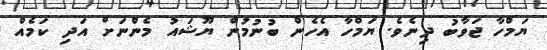
ޔަމްހާ ޖަވާބު ދިނެވެ. ޔަމްހާ އެހެން ބުނުމުން ޔޫޝައު މެންނަށް އަދި ކަމެއް